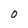
Character: O